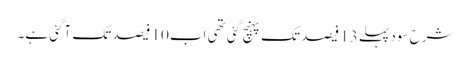
شرح سود پہلے13 فیصد تک پہنچ گئی تھی اب10 فیصد تک آگئی ہے۔